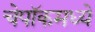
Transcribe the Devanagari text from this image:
चेपॉकमध्ये